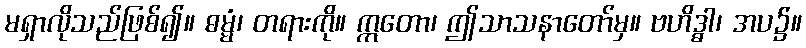
မရှာလိုသည်ဖြစ်၍။ ဓမ္မံ၊ တရားကို။ ဣတော၊ ဤသာသနာတော်မှ။ ဗဟိဒ္ဓါ၊ အပ၌။